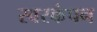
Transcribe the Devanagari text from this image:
स्वरकंपन